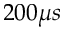
2 0 0 \mu s